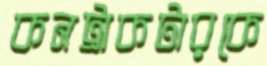
কনট্রাকটারকে